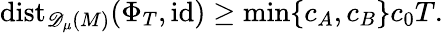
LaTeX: \mathrm{dist}_{{\mathscr{D}_{\mu}(M)}}({\Phi}_{T},\mathrm{id})\geq\operatorname*{min}\{ c_{A},c_{B}\} c_{0}T.